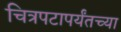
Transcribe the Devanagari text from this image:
चित्रपटापर्यंतच्या